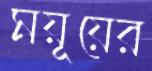
ময়ূয়ের